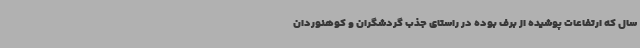
سال که ارتفاعات پوشیده از برف بوده در راستای جذب گردشگران و کوهنوردان